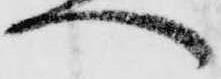
へ